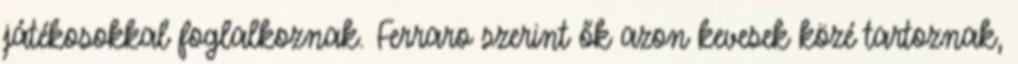
játékosokkal foglalkoznak. Ferraro szerint ők azon kevesek közé tartoznak,